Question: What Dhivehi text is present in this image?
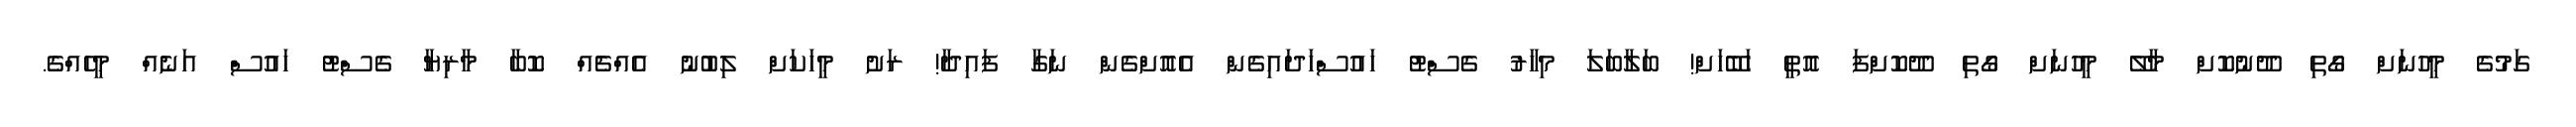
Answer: ގަމުގެ މީހުނަށް ގޯތި ދޫނުކޮށް މާލޭ މީހުނަށް ގޯތި ދޫކޮށްފަ އޮތީ ހަބޭހަށް! ބަލާބަލަ މިހާރު ގެސްޓު ހައުސްހަދައިގެން އެއޮށްގެން ނަގާ ފައިދާ! ރަށު މީހަކަށް ލިބުނު އެއްޗެއް ކޮބާ މާރިޔާ ގެސްޓު ހައުސް އަނެއް މީހެއްގެ.